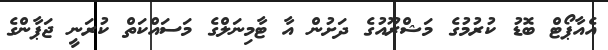
އެއާޕޯޓް ބޮޑު ކުރުމުގެ މަޝްރޫއުގެ ދަށުން އާ ޓާމިނަލްގެ މަސައްކަތް ކުރަނީ ޖަޕާންގެ